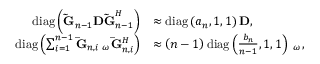
\begin{array} { r l } { \mathrm { { d i a g } } \left( { { { { \bf { \tilde { G } } } } _ { n - 1 } } { \bf { D \tilde { G } } } _ { n - 1 } ^ { H } } \right) } & { \approx { \mathrm { d i a g } } \left( { { a _ { n } } , 1 , 1 } \right) { \bf { D } } , } \\ { \mathrm { { d i a g } } \left( { \sum _ { i = 1 } ^ { n - 1 } { { { { \bf { \bar { G } } } } _ { n , i } } } { { \bf { \Sigma } } _ { \omega } } { \bf { \bar { G } } } _ { n , i } ^ { H } } \right) } & { \approx \left( { n - 1 } \right) { \mathrm { d i a g } } \left( { \frac { { { b _ { n } } } } { { n - 1 } } , 1 , 1 } \right) { { \bf { \Sigma } } _ { \omega } } , } \end{array}